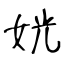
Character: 姯